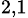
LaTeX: _{2,1}